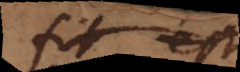
fit est